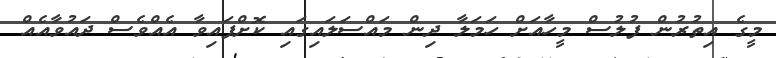
މީގެ އިތުރުން ފުލުސް މީހާއަށް ހަމަލާ ދިން މައްސަލައިގައި ކޮށްފައިވާ އެއްވެސް ދައުވާއެއް